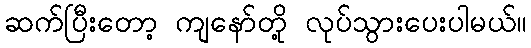
ဆက်ပြီးတော့ ကျနော်တို့ လုပ်သွားပေးပါမယ်။